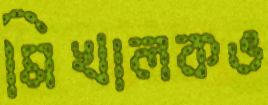
মিখালকভ